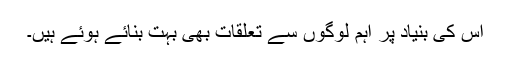
اس کی بنیاد پر اہم لوگوں سے تعلقات بھی بہت بنائے ہوئے ہیں۔